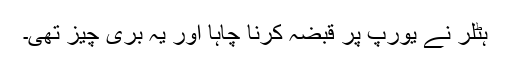
ہٹلر نے یورپ پر قبضہ کرنا چاہا اور یہ برى چیز تهى۔